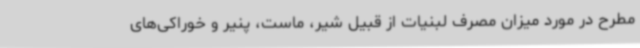
مطرح در مورد میزان مصرف لبنیات از قبیل شیر، ماست، پنیر و خوراکی‌های